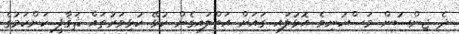
ދެ ޖިންސުން މަސްހުނިވެ އޮޅުލައި ގައަށް އަތްލައިގެން ކުޅޭ ކުޅިވަރުތައް ޘަޤާފީ ކަންކަމުގެ